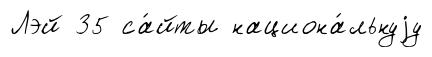
Лэй 35 са́йты национа́льнуjу